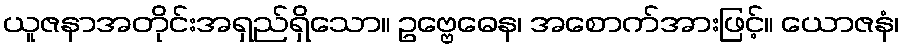
ယူဇနာအတိုင်းအရှည်ရှိသော။ ဥဗ္ဗေဓေန၊ အစောက်အားဖြင့်။ ယောဇနံ၊